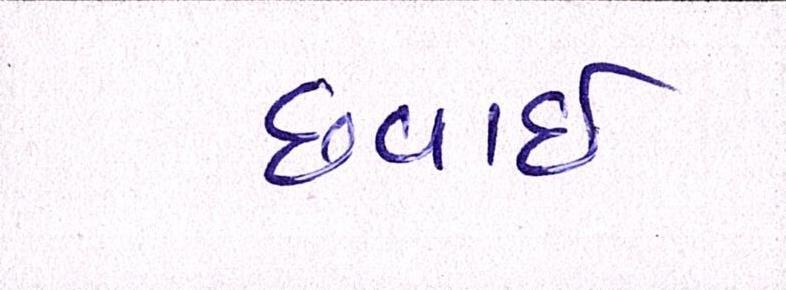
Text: છવાઇ